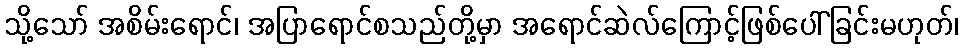
သို့သော် အစိမ်းရောင်၊ အပြာရောင်စသည်တို့မှာ အရောင်ဆဲလ်ကြောင့်ဖြစ်ပေါ်ခြင်းမဟုတ်၊